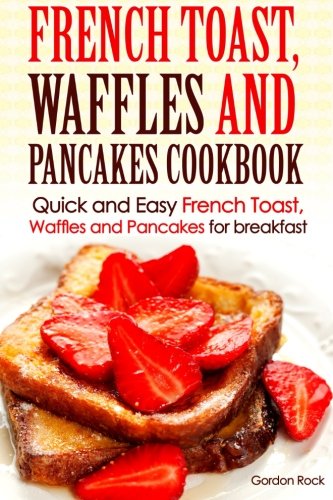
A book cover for French toast, Waffles and Pancakes Cookbook: Quick and Easy French Toast, Waffles and Pancakes for breakfast (Breakfast Recipes); Gordon Rock; Cookbooks, Food & Wine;